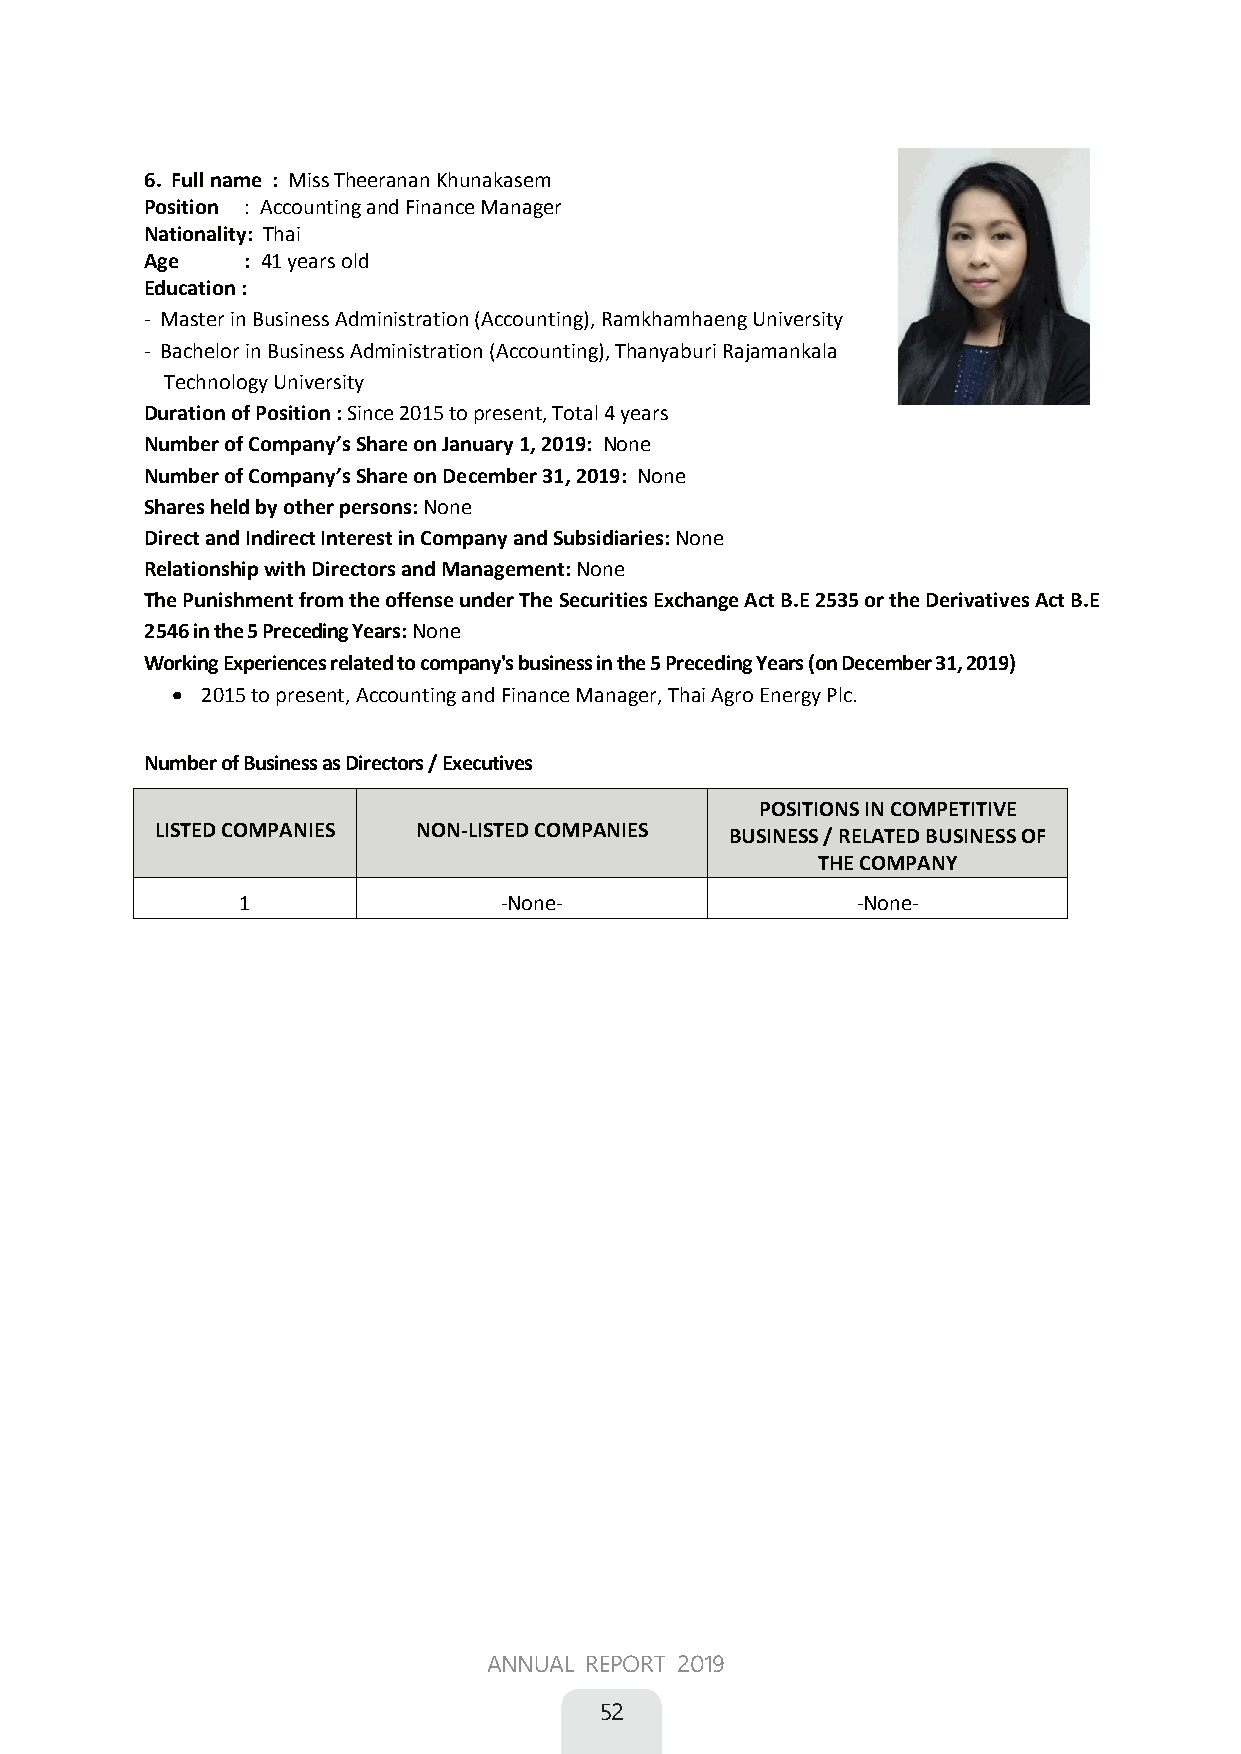
6. Full name : Miss Theeranan Khunakasem
 Position : Accounting and Finance Manager
 Nationality: Thai
 Age : 41 years old
 Education :
 - Master in Business Administration (Accounting), Ramkhamhaeng University
 - Bachelor in Business Administration (Accounting), Thanyaburi Rajamankala
 Technology University
 Duration of Position : Since 2015 to present, Total 4 years
 Number of Company’s Share on January 1, 2019: None
 Number of Company’s Share on December 31, 2019: None
 Shares held by other persons: None
 Direct and Indirect Interest in Company and Subsidiaries: None
 Relationship with Directors and Management: None
 The Punishment from the offense under The Securities Exchange Act B.E 2535 or the Derivatives Act B.E
 2546 in the 5 Preceding Years: None
 Working Experiences related to company's business in the 5 Preceding Years (on December 31, 2019)
  2015 to present, Accounting and Finance Manager, Thai Agro Energy Plc.
 Number of Business as Directors / Executives
 POSITIONS IN COMPETITIVE
 LISTED COMPANIES  NON-LISTED COMPANIES BUSINESS / RELATED BUSINESS OF
 THE COMPANY
 1                -None-                  -None-
 ANNUAL REPORT 2019
 52